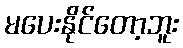
မပေးနိုင်တော့ဘူး